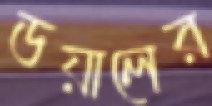
ডয়ালের